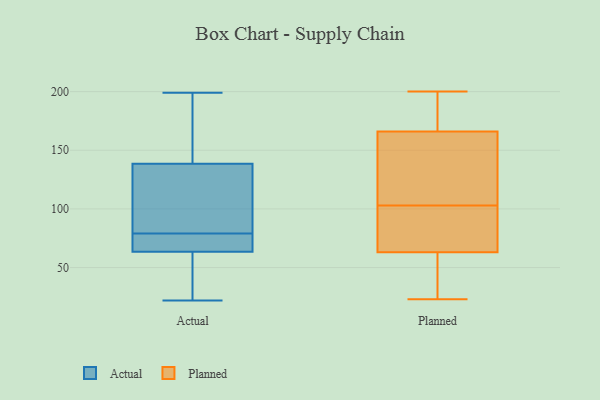
{"axis": {"x": "Tickets Resolved", "y": "Value"}, "legend": ["Actual", "Planned"], "data": [{"x": "", "y": 64, "type": "Actual"}, {"x": "", "y": 63, "type": "Actual"}, {"x": "", "y": 130, "type": "Actual"}, {"x": "", "y": 53, "type": "Actual"}, {"x": "", "y": 66, "type": "Actual"}, {"x": "", "y": 48, "type": "Actual"}, {"x": "", "y": 150, "type": "Actual"}, {"x": "", "y": 75, "type": "Actual"}, {"x": "", "y": 81, "type": "Actual"}, {"x": "", "y": 72, "type": "Actual"}, {"x": "", "y": 173, "type": "Actual"}, {"x": "", "y": 77, "type": "Actual"}, {"x": "", "y": 199, "type": "Actual"}, {"x": "", "y": 127, "type": "Actual"}, {"x": "", "y": 22, "type": "Actual"}, {"x": "", "y": 82, "type": "Actual"}, {"x": "", "y": 59, "type": "Actual"}, {"x": "", "y": 84, "type": "Actual"}, {"x": "", "y": 186, "type": "Actual"}, {"x": "", "y": 147, "type": "Actual"}, {"x": "", "y": 133, "type": "Planned"}, {"x": "", "y": 103, "type": "Planned"}, {"x": "", "y": 96, "type": "Planned"}, {"x": "", "y": 63, "type": "Planned"}, {"x": "", "y": 84, "type": "Planned"}, {"x": "", "y": 23, "type": "Planned"}, {"x": "", "y": 75, "type": "Planned"}, {"x": "", "y": 40, "type": "Planned"}, {"x": "", "y": 59, "type": "Planned"}, {"x": "", "y": 146, "type": "Planned"}, {"x": "", "y": 103, "type": "Planned"}, {"x": "", "y": 197, "type": "Planned"}, {"x": "", "y": 136, "type": "Planned"}, {"x": "", "y": 192, "type": "Planned"}, {"x": "", "y": 175, "type": "Planned"}, {"x": "", "y": 166, "type": "Planned"}, {"x": "", "y": 200, "type": "Planned"}, {"x": "", "y": 24, "type": "Planned"}]}